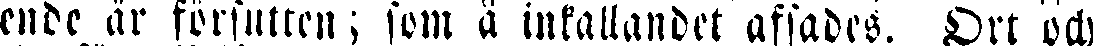
ende är försutten; som å inkallandet afsades. Drt och